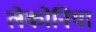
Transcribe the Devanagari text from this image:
लेकोनिया